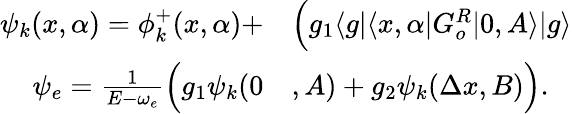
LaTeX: \begin{array}{rl}{\psi_{k}(x,\alpha)=\phi_{k}^{+}(x,\alpha)+}&{{}\Big(g_{1}\langle g|\langle x,\alpha|G_{o}^{R}|0,A\rangle|g\rangle}\\ {\psi_{e}=\frac{1}{E-\omega_{e}}\Big(g_{1}\psi_{k}(0}&{{},A)+g_{2}\psi_{k}(\Delta x,B)\Big).}\end{array}